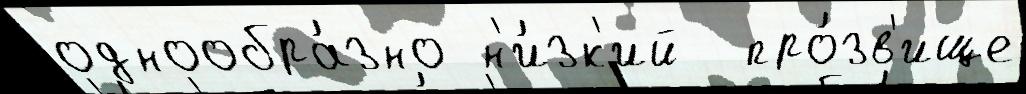
однообра́зно н'и́зк'ий  про́зв'ище